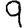
Digit: 9